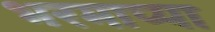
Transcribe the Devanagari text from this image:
भरमाप्पा